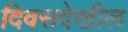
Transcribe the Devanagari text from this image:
दिवसदेखील